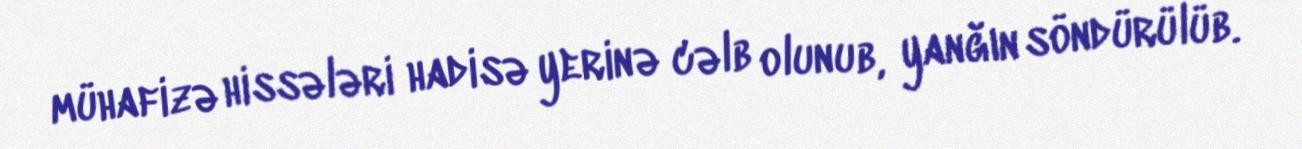
mühafizə hissələri hadisə yerinə cəlb olunub, yanğın söndürülüb.